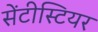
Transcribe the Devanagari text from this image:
सेंटीस्टियर